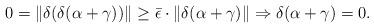
LaTeX: \begin{align*}0=\|\delta(\delta(\alpha+\gamma))\| \geq \bar \epsilon \cdot \|\delta(\alpha+\gamma)\| \Rightarrow \delta(\alpha+\gamma)=0.\end{align*}